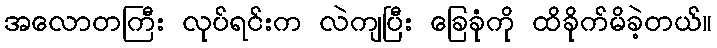
အလောတကြီး လုပ်ရင်းက လဲကျပြီး ခြေခုံကို ထိခိုက်မိခဲ့တယ်။